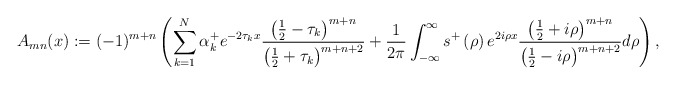
\begin{align*}A_{mn}(x):=(-1)^{m+n}\left( \sum_{k=1}^{N}\alpha_{k}^{+}e^{-2\tau_{k}x}\frac{\left( \frac{1}{2}-\tau_{k}\right) ^{m+n}}{\left( \frac{1}{2}+\tau_{k}\right) ^{m+n+2}}+\frac{1}{2\pi}\int_{-\infty}^{\infty}s^{+}\left(\rho\right) e^{2i\rho x}\frac{\left( \frac{1}{2}+i\rho\right) ^{m+n}}{\left( \frac{1}{2}-i\rho\right) ^{m+n+2}}d\rho\right) , \end{align*}